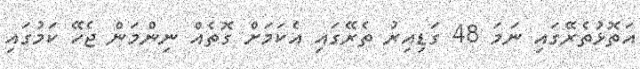
އަތޮޅުތެރޭގައި ނަމަ 48 ގަޑިއިރު ތެރޭގައި އެކަމަށް ގޮތެއް ނިންމަން ޖެހޭ ކަމުގައި